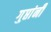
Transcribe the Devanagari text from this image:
गुप्तांनी